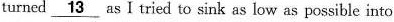
turncd \underline{13} asⅠtried to sink as low as possible into